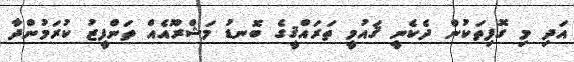
އަދި މި ގޮފިތަކުން ދެކެނީ ޤައުމީ ތަރައްޤީގެ ބޮނޑު މަޝްރޫއެއް ތަންފީޒު ކުރަމުންދާ